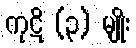
ကုဋိ (၃) မျိုး